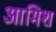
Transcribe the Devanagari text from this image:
आमिश